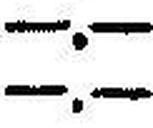
—.—